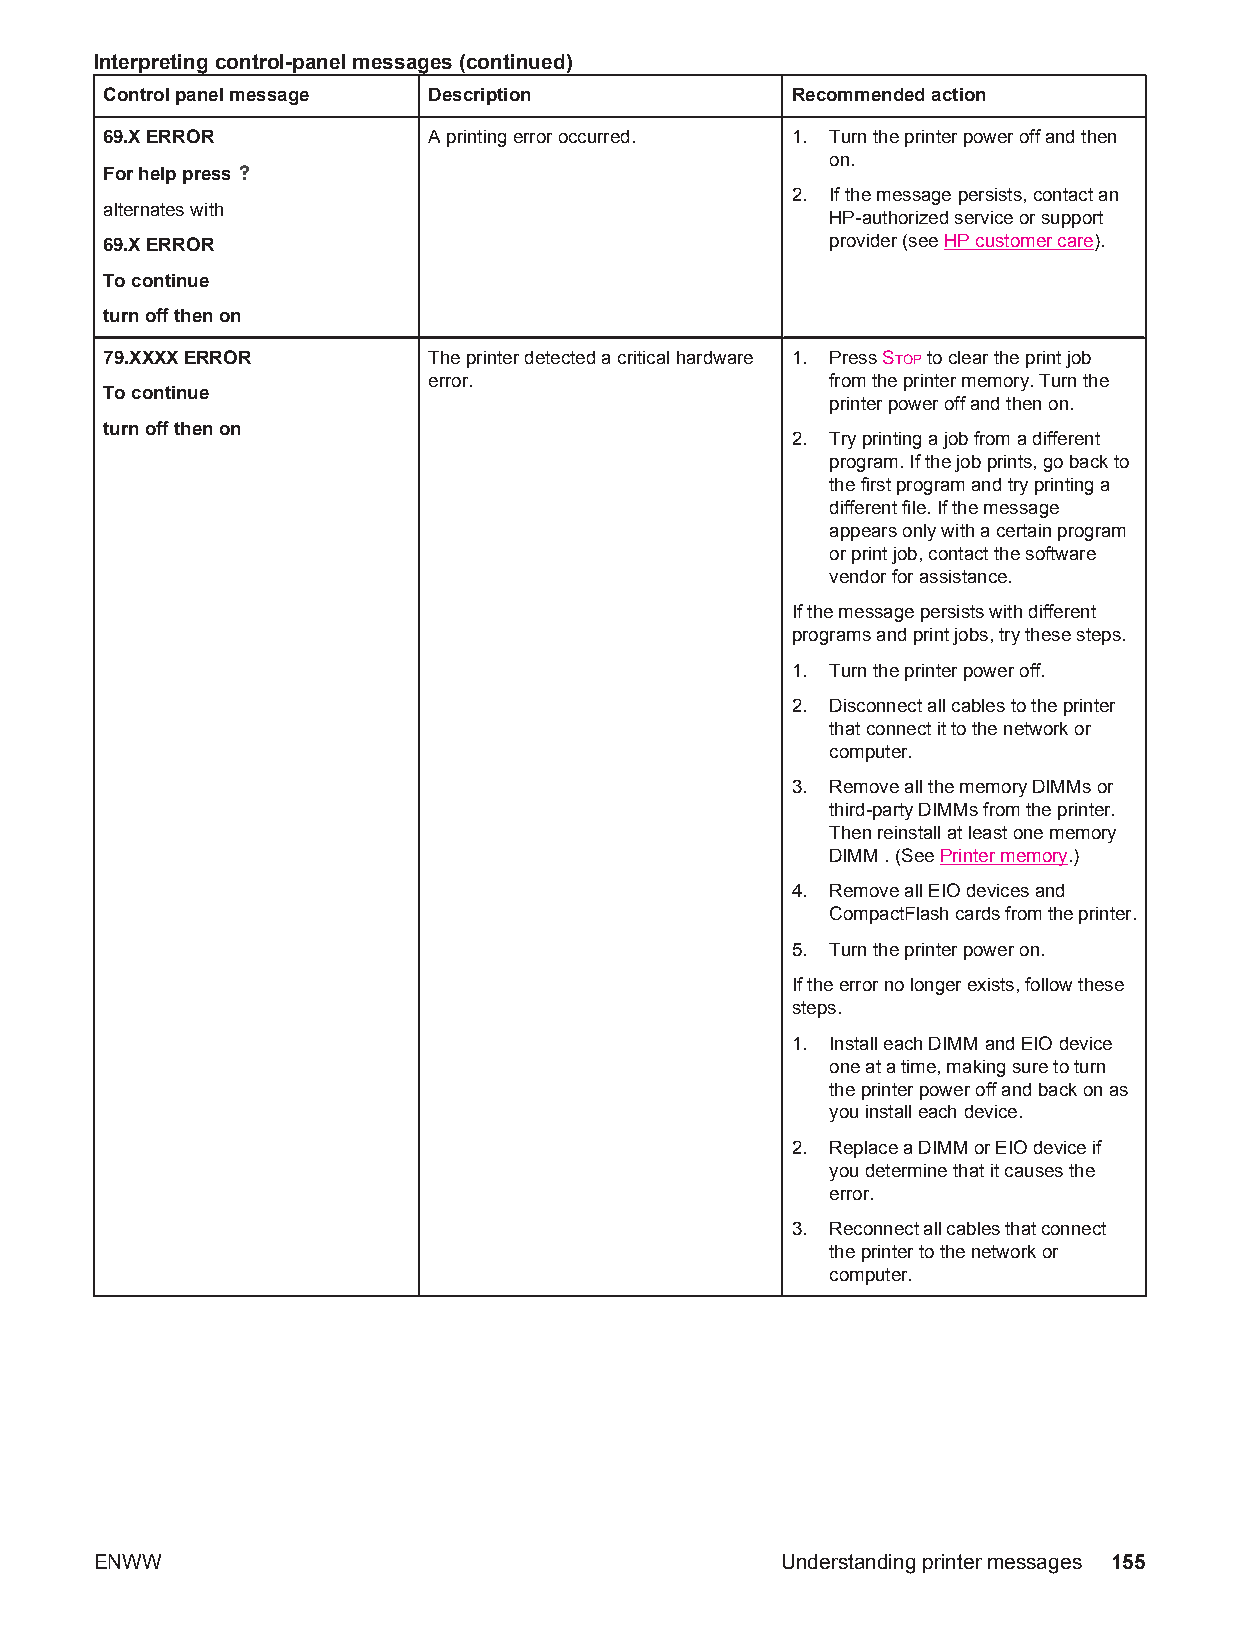
Interpreting control-panel messages (continued)
 Control panel message Description            Recommended action
 69.X ERROR           A printing error occurred. 1. Turn the printer power off and then
 on.
 For help press
 2. If the message persists, contact an
 alternates with
 HP-authorized service or support
 69.X ERROR                                      provider (see HP customer care).
 To continue
 turn off then on
 79.XXXX ERROR        The printer detected a critical hardware 1. Press STOP to clear the print job
 error.                     from the printer memory. Turn the
 To continue
 printer power off and then on.
 turn off then on
 2. Try printing a job from a different
 program. If the job prints, go back to
 the first program and try printing a
 different file. If the message
 appears only with a certain program
 or print job, contact the software
 vendor for assistance.
 If the message persists with different
 programs and print jobs, try these steps.
 1. Turn the printer power off.
 2. Disconnect all cables to the printer
 that connect it to the network or
 computer.
 3. Remove all the memory DIMMs or
 third-party DIMMs from the printer.
 Then reinstall at least one memory
 DIMM . (See Printer memory.)
 4. Remove all EIO devices and
 CompactFlash cards from the printer.
 5. Turn the printer power on.
 If the error no longer exists, follow these
 steps.
 1. Install each DIMM and EIO device
 one at a time, making sure to turn
 the printer power off and back on as
 you install each device.
 2. Replace a DIMM or EIO device if
 you determine that it causes the
 error.
 3. Reconnect all cables that connect
 the printer to the network or
 computer.
 ENWW                                          Understanding printer messages 155